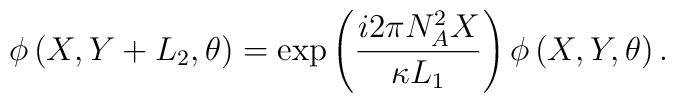
\phi\left(X,Y+L_{2},\theta \right) =\exp \left( \frac{i2\pi N_{A}^{2}X}{\kappa L_1} \right)\phi\left( X,Y,\theta \right).